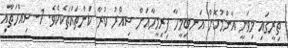
ތިރީގައި މިވަނީ އާންމުކޮށް އަނބިމީހާ ފިރިމީހާއަށް ސިއްރު ކުރާ ކަންތައްތަކެކެވެ. 1- ސިއްހަތާއި